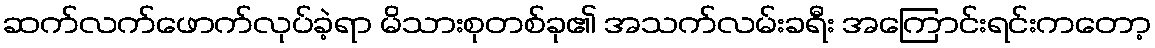
ဆက်လက်ဖောက်လုပ်ခဲ့ရာ မိသားစုတစ်ခု၏ အသက်လမ်းခရီး အကြောင်းရင်းကတော့